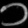
Digit: ၁